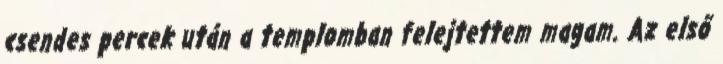
csendes percek után a templomban felejtettem magam. Az első